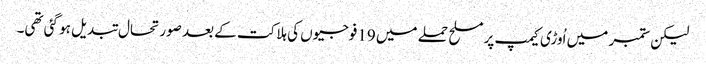
لیکن ستمبر میں اُوڑی کیمپ پر مسلح حملے میں 19فوجیوں کی ہلاکت کے بعد صورتحال تبدیل ہو گئی تھی۔